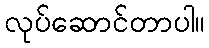
လုပ်ဆောင်တာပါ။